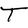
Character: T